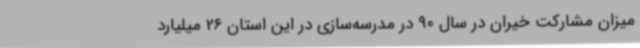
میزان مشارکت خیران در سال 90 در مدرسه‌سازی در این استان 26 میلیارد